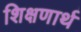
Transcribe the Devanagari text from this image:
शिक्षणार्थ